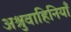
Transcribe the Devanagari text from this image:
अश्रुवाहिनियाँ